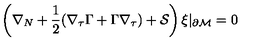
\left( \nabla _ { N } + \frac 1 2 ( \nabla _ { \tau } \Gamma + \Gamma \nabla _ { \tau } ) + { \cal S } \right) \xi \vert _ { \partial { \cal M } } = 0